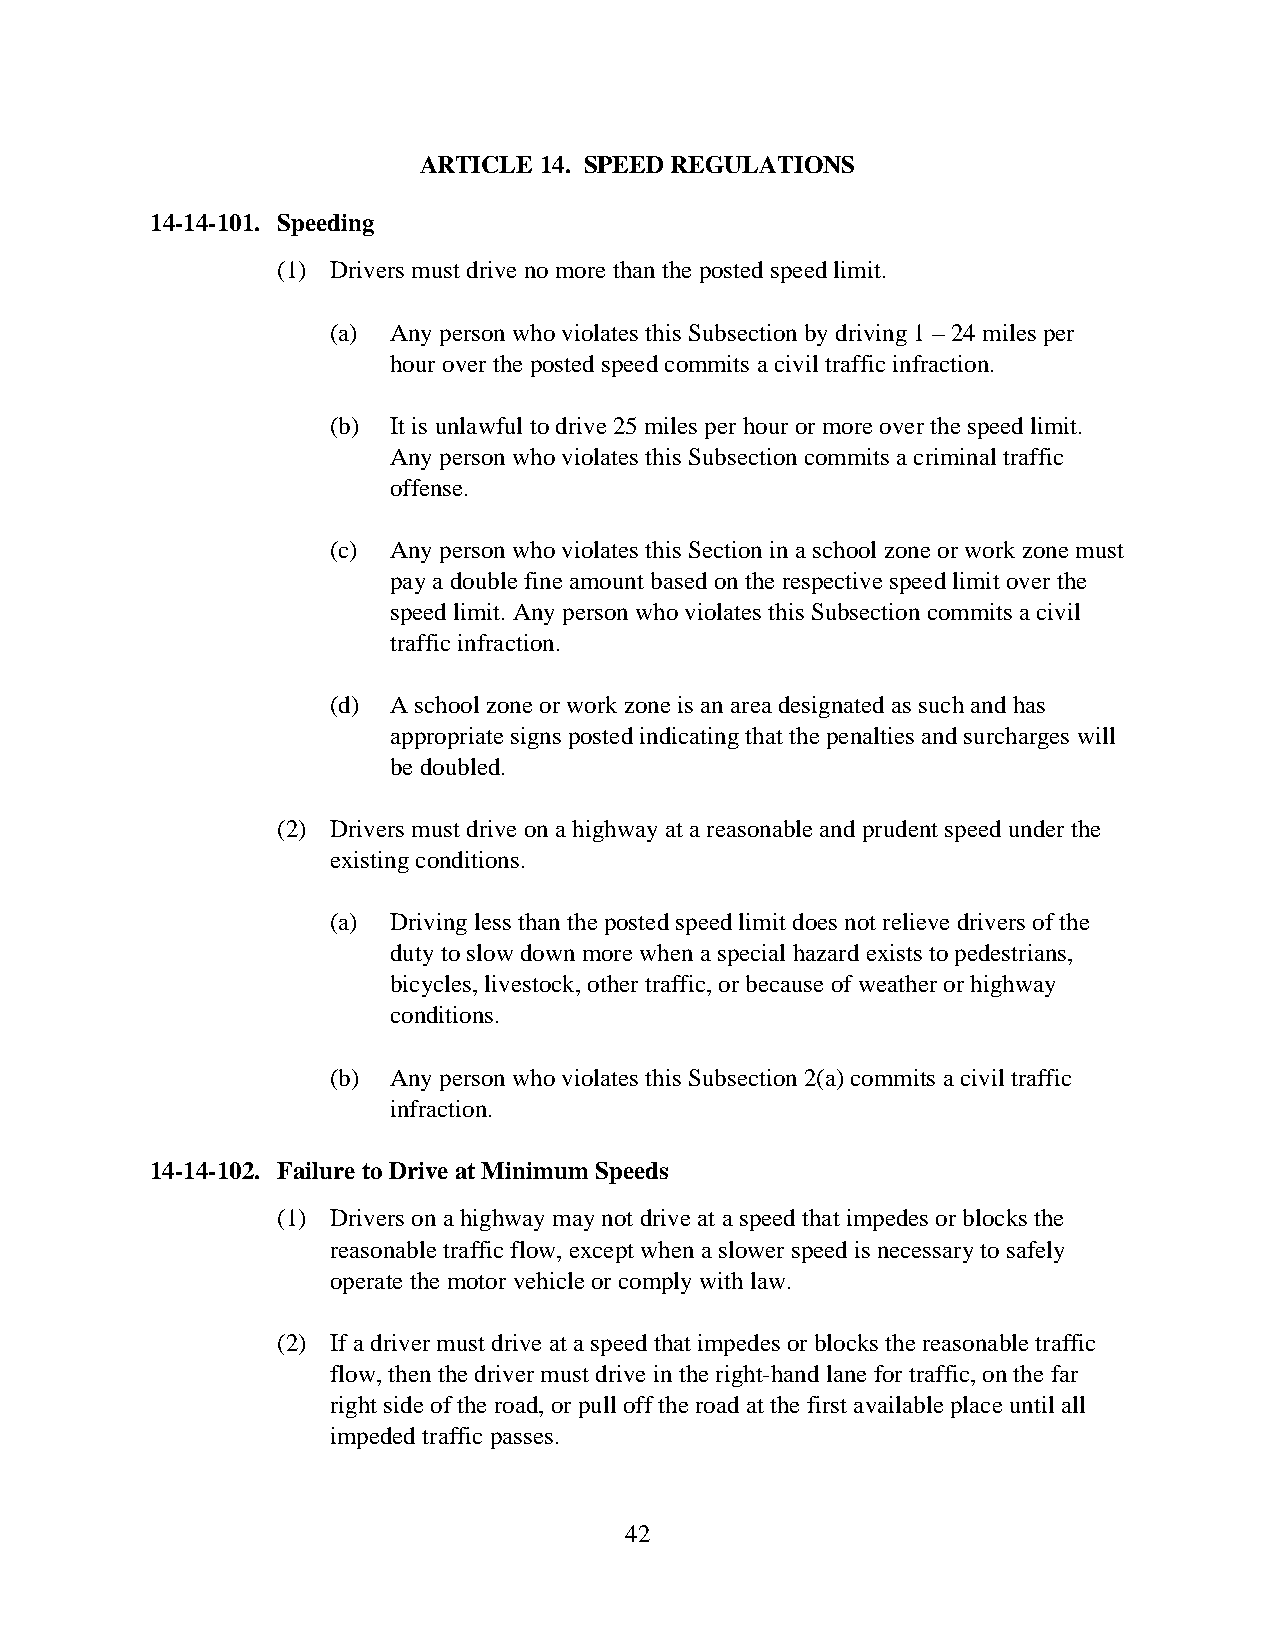
ARTICLE 14. SPEED REGULATIONS
 14-14-101. Speeding
 (1) Drivers must drive no more than the posted speed limit.
 (a) Any person who violates this Subsection by driving 1 – 24 miles per
 hour over the posted speed commits a civil traffic infraction.
 (b) It is unlawful to drive 25 miles per hour or more over the speed limit.
 Any person who violates this Subsection commits a criminal traffic
 offense.
 (c) Any person who violates this Section in a school zone or work zone must
 pay a double fine amount based on the respective speed limit over the
 speed limit. Any person who violates this Subsection commits a civil
 traffic infraction.
 (d) A school zone or work zone is an area designated as such and has
 appropriate signs posted indicating that the penalties and surcharges will
 be doubled.
 (2) Drivers must drive on a highway at a reasonable and prudent speed under the
 existing conditions.
 (a) Driving less than the posted speed limit does not relieve drivers of the
 duty to slow down more when a special hazard exists to pedestrians,
 bicycles, livestock, other traffic, or because of weather or highway
 conditions.
 (b) Any person who violates this Subsection 2(a) commits a civil traffic
 infraction.
 14-14-102. Failure to Drive at Minimum Speeds
 (1) Drivers on a highway may not drive at a speed that impedes or blocks the
 reasonable traffic flow, except when a slower speed is necessary to safely
 operate the motor vehicle or comply with law.
 (2) If a driver must drive at a speed that impedes or blocks the reasonable traffic
 flow, then the driver must drive in the right-hand lane for traffic, on the far
 right side of the road, or pull off the road at the first available place until all
 impeded traffic passes.
 42